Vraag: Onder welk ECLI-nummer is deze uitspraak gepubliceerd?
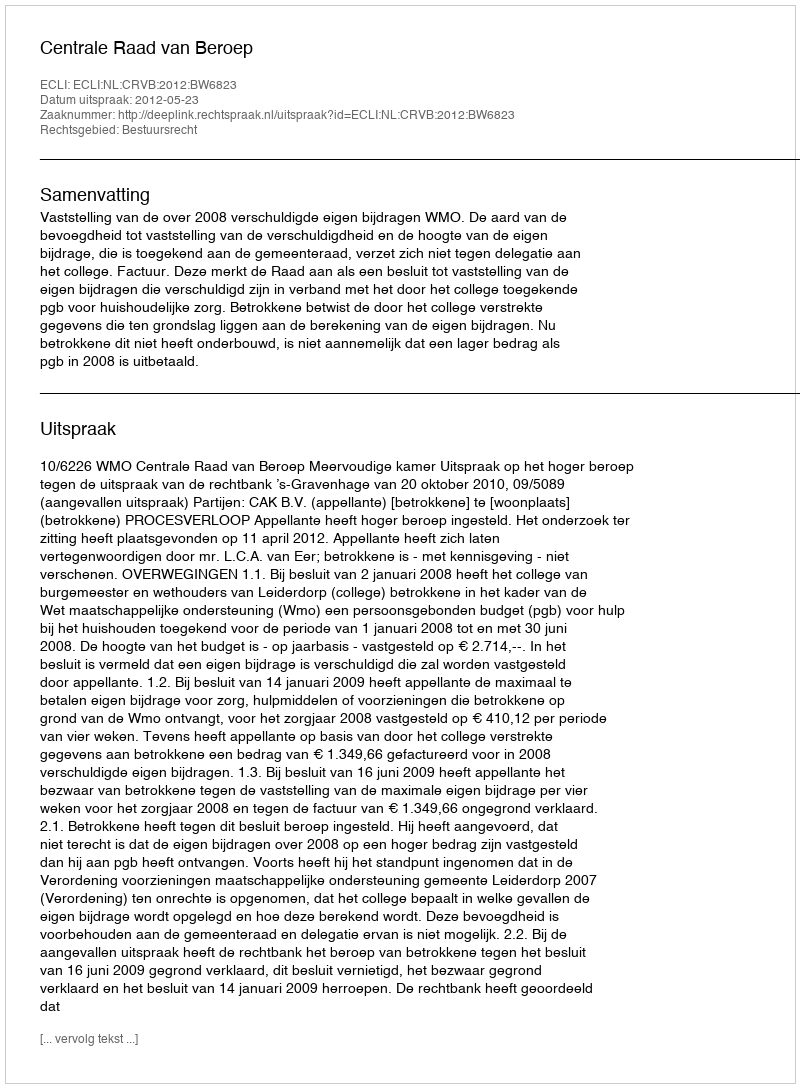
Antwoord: ECLI:NL:CRVB:2012:BW6823